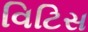
વિટિસ